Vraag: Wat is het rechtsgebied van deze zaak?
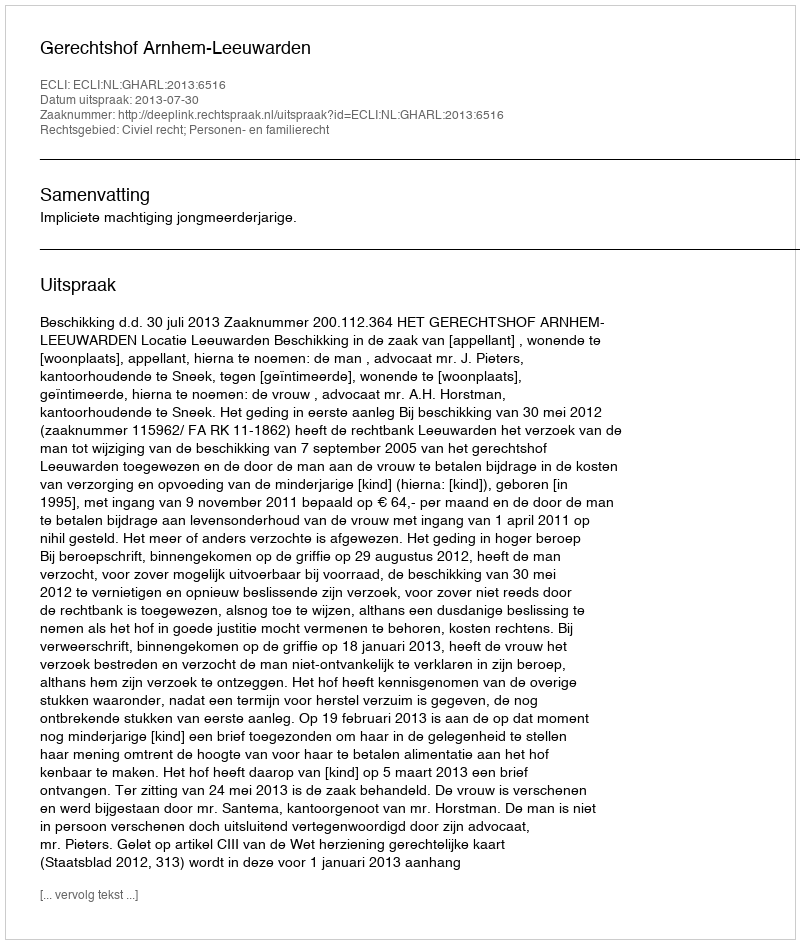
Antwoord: Civiel recht; Personen- en familierecht